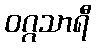
ဝဂ္ဂသာရီ